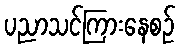
ပညာသင်ကြားနေစဉ်